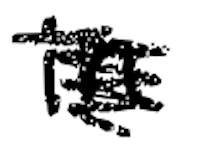
Text: in
Cross-out: scratch
Writing tool: digital_black